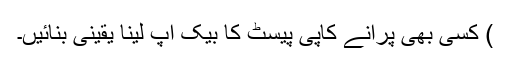
) کسی بھی پرانے کاپی پیسٹ کا بیک اپ لینا یقینی بنائیں۔